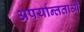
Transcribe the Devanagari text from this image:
अपर्यान्तताओं